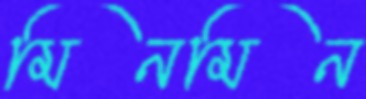
মিনমিন